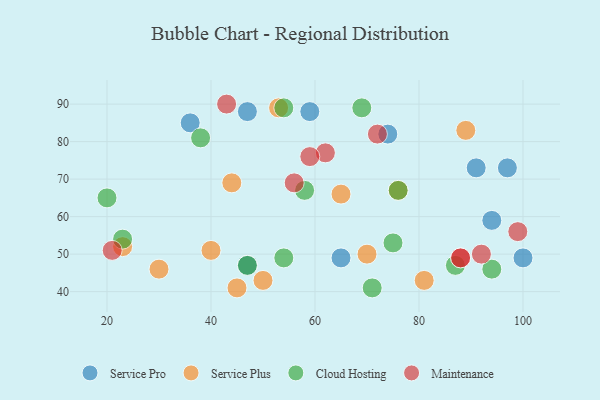
{"axis": {"x": "GDP", "y": "Life Expectancy"}, "legend": ["Cloud Hosting", "Maintenance", "Service Plus", "Service Pro"], "data": [{"x": "74", "y": 82, "type": "Service Pro"}, {"x": "36", "y": 85, "type": "Service Pro"}, {"x": "97", "y": 73, "type": "Service Pro"}, {"x": "59", "y": 88, "type": "Service Pro"}, {"x": "47", "y": 88, "type": "Service Pro"}, {"x": "65", "y": 49, "type": "Service Pro"}, {"x": "100", "y": 49, "type": "Service Pro"}, {"x": "91", "y": 73, "type": "Service Pro"}, {"x": "47", "y": 47, "type": "Service Pro"}, {"x": "94", "y": 59, "type": "Service Pro"}, {"x": "50", "y": 43, "type": "Service Plus"}, {"x": "70", "y": 50, "type": "Service Plus"}, {"x": "30", "y": 46, "type": "Service Plus"}, {"x": "23", "y": 52, "type": "Service Plus"}, {"x": "65", "y": 66, "type": "Service Plus"}, {"x": "76", "y": 67, "type": "Service Plus"}, {"x": "53", "y": 89, "type": "Service Plus"}, {"x": "44", "y": 69, "type": "Service Plus"}, {"x": "89", "y": 83, "type": "Service Plus"}, {"x": "45", "y": 41, "type": "Service Plus"}, {"x": "81", "y": 43, "type": "Service Plus"}, {"x": "40", "y": 51, "type": "Service Plus"}, {"x": "54", "y": 89, "type": "Cloud Hosting"}, {"x": "23", "y": 54, "type": "Cloud Hosting"}, {"x": "58", "y": 67, "type": "Cloud Hosting"}, {"x": "94", "y": 46, "type": "Cloud Hosting"}, {"x": "54", "y": 49, "type": "Cloud Hosting"}, {"x": "69", "y": 89, "type": "Cloud Hosting"}, {"x": "75", "y": 53, "type": "Cloud Hosting"}, {"x": "87", "y": 47, "type": "Cloud Hosting"}, {"x": "38", "y": 81, "type": "Cloud Hosting"}, {"x": "76", "y": 67, "type": "Cloud Hosting"}, {"x": "71", "y": 41, "type": "Cloud Hosting"}, {"x": "20", "y": 65, "type": "Cloud Hosting"}, {"x": "47", "y": 47, "type": "Cloud Hosting"}, {"x": "72", "y": 82, "type": "Maintenance"}, {"x": "62", "y": 77, "type": "Maintenance"}, {"x": "92", "y": 50, "type": "Maintenance"}, {"x": "88", "y": 49, "type": "Maintenance"}, {"x": "99", "y": 56, "type": "Maintenance"}, {"x": "43", "y": 90, "type": "Maintenance"}, {"x": "56", "y": 69, "type": "Maintenance"}, {"x": "59", "y": 76, "type": "Maintenance"}, {"x": "88", "y": 49, "type": "Maintenance"}, {"x": "21", "y": 51, "type": "Maintenance"}]}